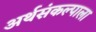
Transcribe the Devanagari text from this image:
अर्थसंकल्पाला